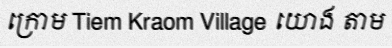
ក្រោម Tiem Kraom Village យោង តាម